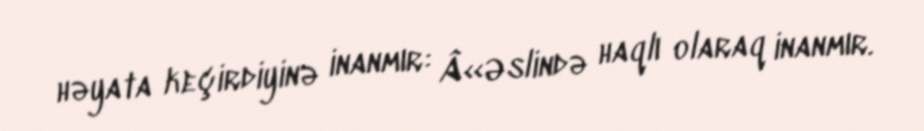
həyata keçirdiyinə inanmır: Â«Əslində haqlı olaraq inanmır.